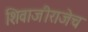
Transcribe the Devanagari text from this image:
शिवाजीराजेच